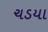
ચડયા